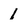
Character: 1